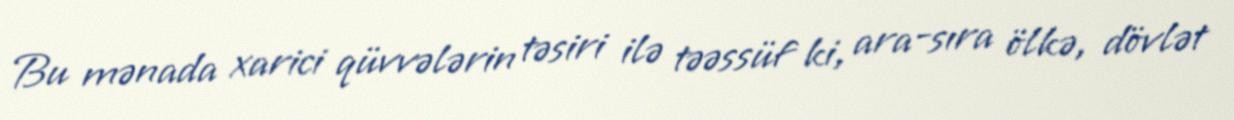
Bu mənada xarici qüvvələrin təsiri ilə təəssüf ki, ara-sıra ölkə, dövlət